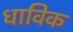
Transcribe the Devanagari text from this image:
धाविक